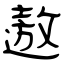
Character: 遨